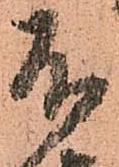
不